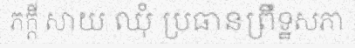
ភក្តី សាយ ឈុំ ប្រធានព្រឹទ្ឋសភា